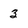
Character: 3